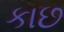
કાછ